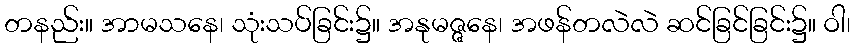
တနည်း။ အာမသနေ၊ သုံးသပ်ခြင်း၌။ အနုမဇ္ဇနေ၊ အဖန်တလဲလဲ ဆင်ခြင်ခြင်း၌။ ဝါ၊